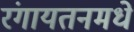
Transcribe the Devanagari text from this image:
रंगायतनमधे